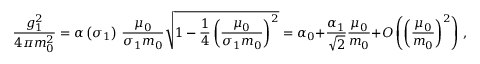
\frac { g _ { 1 } ^ { 2 } } { 4 \pi m _ { 0 } ^ { 2 } } = \alpha \left( \sigma _ { 1 } \right) \, \frac { \mu _ { 0 } } { \sigma _ { 1 } m _ { 0 } } \sqrt { 1 - \frac { 1 } { 4 } \left( \frac { \mu _ { 0 } } { \sigma _ { 1 } m _ { 0 } } \right) ^ { 2 } } = \alpha _ { 0 } + \frac { \alpha _ { 1 } } { \sqrt { 2 } } \frac { \mu _ { 0 } } { m _ { 0 } } + O \left( \left( \frac { \mu _ { 0 } } { m _ { 0 } } \right) ^ { 2 } \right) \, ,